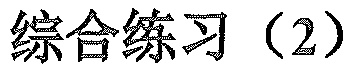
综合练习（2）